Indian journal of veterinary science and animal husbandry - Volumes 26-27, 1956-1957
Year: 1956
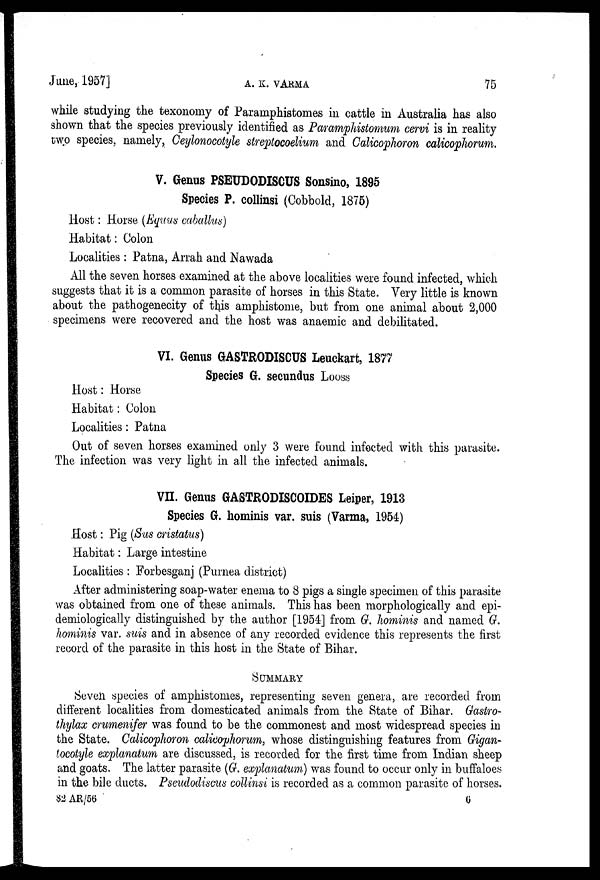
June, 1957]
A.
K.
VARMA
75
while studying the texonomy of Paramphistomes in cattle in Australia has also
shown that the species previously identified as Paramphistomum cervi is in reality
two species, namely, Ceylonocotyle streptocoelium and Calicophoron calicophorum.
V. Genus PSEUDODISCUS Sonsino, 1895
Species P. collinsi (Cobbold, 1875)
Host: Horse (Equus caballus)
Habitat: Colon
Localities: Patna, Arrah and Nawada
All the seven horses examined at the above localities were found infected, which
suggests that it is a common parasite of horses in this State. Very little is known
about the pathogenecity of this amphistome, but from one animal about 2,000
specimens were recovered and the host was anaemic and debilitated.
VI. Genus GASTRODISCUS Leuckart, 1877
Species G. secundus Looss
Host: Horse
Habitat: Colon
Localities: Patna
Out of seven horses examined only 3 were found infected with this parasite.
The infection was very light in all the infected animals.
VII. Genus GASTRODISCOIDES Leiper, 1913
Species G. hominis var. suis (Varma, 1954)
Host: Pig (Sus cristatus)
Habitat: Large intestine
Localities : Forbesganj (Purnea district)
After administering soap-water enema to 8 pigs a single specimen of this parasite
was obtained from one of these animals. This has been morphologically and epi-
demiologically distinguished by the author [1954] from G. hominis and named G.
hominis var. suis and in absence of any recorded evidence this represents the first
record of the parasite in this host in the State of Bihar.
SUMMARY
Seven species of amphistomes, representing seven genera, are recorded from
different localities from domesticated animals from the State of Bihar. Gastro-
thylax crumenifer was found to be the commonest and most widespread species in
the State. Calicophoron calicophorum, whose distinguishing features from Gigan-
tocotyle explanatum are discussed, is recorded for the first time from Indian sheep
and goats. The latter parasite (G. explanatum) was found to occur only in buffaloes
in the bile ducts. Pseudodiscus collinsi is recorded as a common parasite of horses.
82
AR/56
6